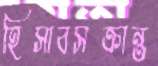
হিসাবসক্রান্ত